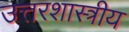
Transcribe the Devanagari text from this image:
उत्तरशास्त्रीय